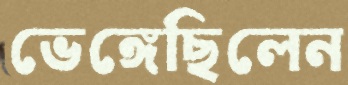
ভেঙ্গেছিলেন